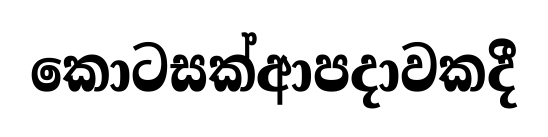
කොටසක්ආපදාවකදී